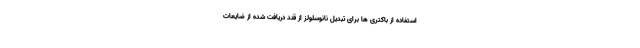
استفاده از باکتری ها برای تبدیل نانوسلولز از قند دریافت شده از ضایعات